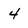
Character: 4